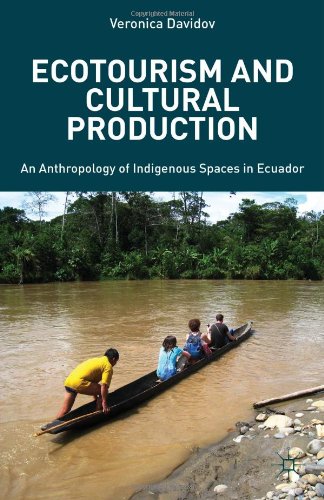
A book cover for Ecotourism and Cultural Production: An Anthropology of Indigenous Spaces in Ecuador; Veronica Davidov; Travel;